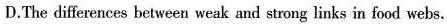
D.The differences between weak and strong links in food webs.